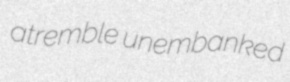
atremble unembanked